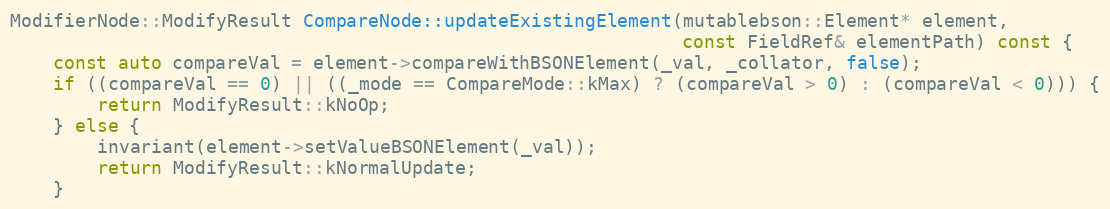
Language: C++
ModifierNode::ModifyResult CompareNode::updateExistingElement(mutablebson::Element* element,
                                                              const FieldRef& elementPath) const {
    const auto compareVal = element->compareWithBSONElement(_val, _collator, false);
    if ((compareVal == 0) || ((_mode == CompareMode::kMax) ? (compareVal > 0) : (compareVal < 0))) {
        return ModifyResult::kNoOp;
    } else {
        invariant(element->setValueBSONElement(_val));
        return ModifyResult::kNormalUpdate;
    }